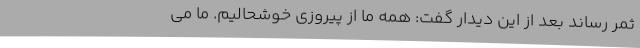
ثمر رساند بعد از این دیدار گفت: همه ما از پیروزی خوشحالیم. ما می